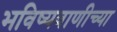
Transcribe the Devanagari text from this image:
भविष्यवाणीच्या